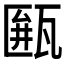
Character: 𤮖